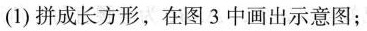
(1)拼成长方形，在图3中画出示意图；